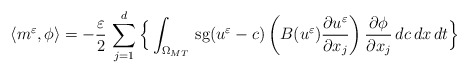
\begin{align*}\left<m^{\varepsilon},\phi\right> = -\frac{\varepsilon}{2}\,\displaystyle\sum_{j=1}^{d}\Big\{\int_{\Omega_{MT}}\,\mbox{sg}(u^{\varepsilon}-c)\left(B(u^{\varepsilon})\frac{\partial u^{\varepsilon}}{\partial x_{j}}\right)\frac{\partial\phi}{\partial x_{j}}\,dc\,dx\,dt\Big\}\end{align*}